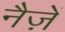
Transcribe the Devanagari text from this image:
नैज़ें